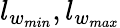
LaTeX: l_{w_{min}},l_{w_{max}}